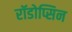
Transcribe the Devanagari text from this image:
रॉडोप्सिन